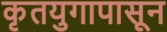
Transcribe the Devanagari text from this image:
कृतयुगापासून